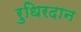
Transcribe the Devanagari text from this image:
रुधिरदान